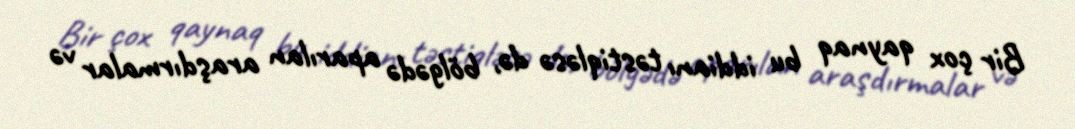
Bir çox qaynaq bu iddianı təstiqləsə də, bölgədə aparılan araşdırmalar və